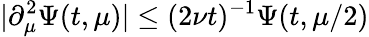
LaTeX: |\partial_{\mu}^{2}\Psi(t,\mu)|\leq(2\nu t)^{-1}\Psi(t,\mu/2)